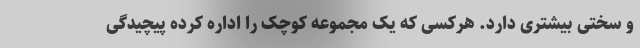
و سختی بیشتری دارد. هرکسی که یک مجموعه کوچک را اداره کرده پیچیدگی